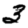
Digit: 3